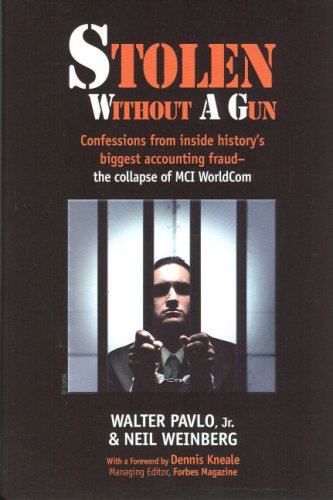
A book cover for Stolen Without A Gun: Confessions from inside history's biggest accounting fraud - the collapse of MCI Worldcom; Walter Pavlo Jr.; Business & Money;